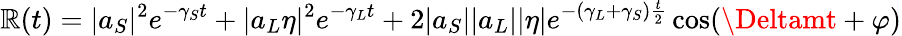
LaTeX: \mathbb{R}(t)=|a_{S}|^{2}e^{-\gamma_{S}t}+|a_{L}\eta|^{2}e^{-\gamma_{L}t}+2|a_{S}||a_{L}||\eta|e^{-(\gamma_{L}+\gamma_{S}){\frac{{t}}{{2}}}}\cos(\Deltamt+\varphi)